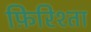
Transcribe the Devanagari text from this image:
फ़िरिश्ता